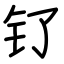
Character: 钌